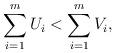
LaTeX: \begin{align*} \sum_{i=1}^mU_i < \sum_{i=1}^mV_i, \end{align*}